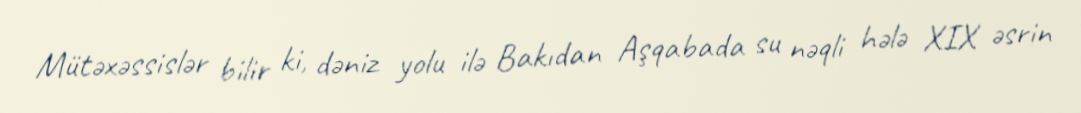
Mütəxəssislər bilir ki, dəniz yolu ilə Bakıdan Aşqabada su nəqli hələ XIX əsrin